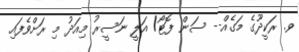
ވ. ރަކީދޫގެ މަގެއް-- ސަން ފޮޓޯ/ އަލީ ނަސީރު މިއަދު މި ރަށްވެފައި